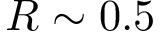
R \sim 0 . 5